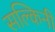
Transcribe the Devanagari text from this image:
सल्किनी